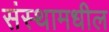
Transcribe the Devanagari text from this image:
संस्थामधील